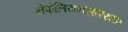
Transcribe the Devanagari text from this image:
नेपोलियनसारख्या